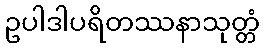
ဥပါဒါပရိတဿနာသုတ္တံ